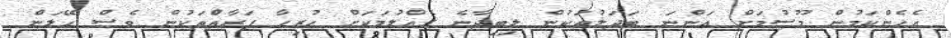
އެހެންކަމުން މޫސުމަށް އަންނަ ބަދަލުތަކުން ލިބިދާނެ ގެއްލުމަކަށް ހުރިހާ ފަރާތްތަކުން ވެސް ހޭލަން